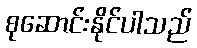
စုဆောင်းနိုင်ပါသည်